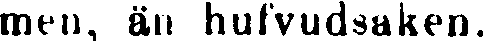
men, än hufvudsaken.